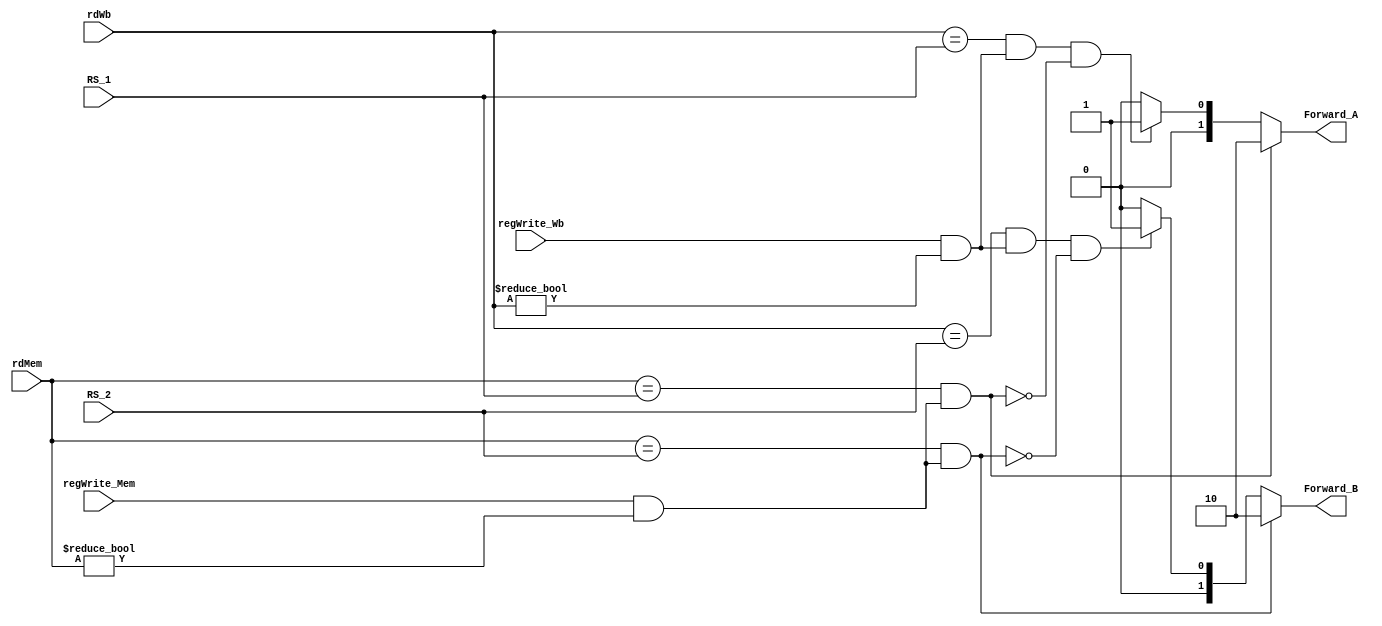
`timescale 1ns / 1ps
module ForwardingUnit
  (
    input [4:0] RS_1, //ID/EX.RegisterRs1
    input [4:0] RS_2, //ID/EX.RegisterRs2
    input [4:0] rdMem, //EX/MEM.Register Rd
    input [4:0] rdWb, //MEM/WB.RegisterRd
    
    input regWrite_Wb, //MEM/WB.RegWrite
    input regWrite_Mem, // EX/MEM.RegWrite
    output reg [1:0] Forward_A,
    output reg [1:0] Forward_B
 );
  
  always @(*)
    begin
    	if ( (rdMem == RS_1) & (regWrite_Mem != 0 & rdMem !=0))
          begin
          	Forward_A = 2'b10;
          end
      	else
          begin 
            // Not condition for MEM hazard 
            if ((rdWb== RS_1) & (regWrite_Wb != 0 & rdWb != 0) & ~((rdMem == RS_1) &(regWrite_Mem != 0 & rdMem !=0)  )  )
              begin
                Forward_A = 2'b01;
              end
            else
              begin
                Forward_A = 2'b00;
              end
          end
      
        if ( (rdMem == RS_2) & (regWrite_Mem != 0 & rdMem !=0) )
          begin
            Forward_B = 2'b10;
          end
        else
          begin
            // Not condition for MEM Hazard 
            if ( (rdWb == RS_2) & (regWrite_Wb != 0 & rdWb != 0) &  ~((regWrite_Mem != 0 & rdMem !=0 ) & (rdMem == RS_2) ) )
              begin
                Forward_B = 2'b01;
              end
            else
              begin
                Forward_B = 2'b00;
              end
          end
    end
endmodule